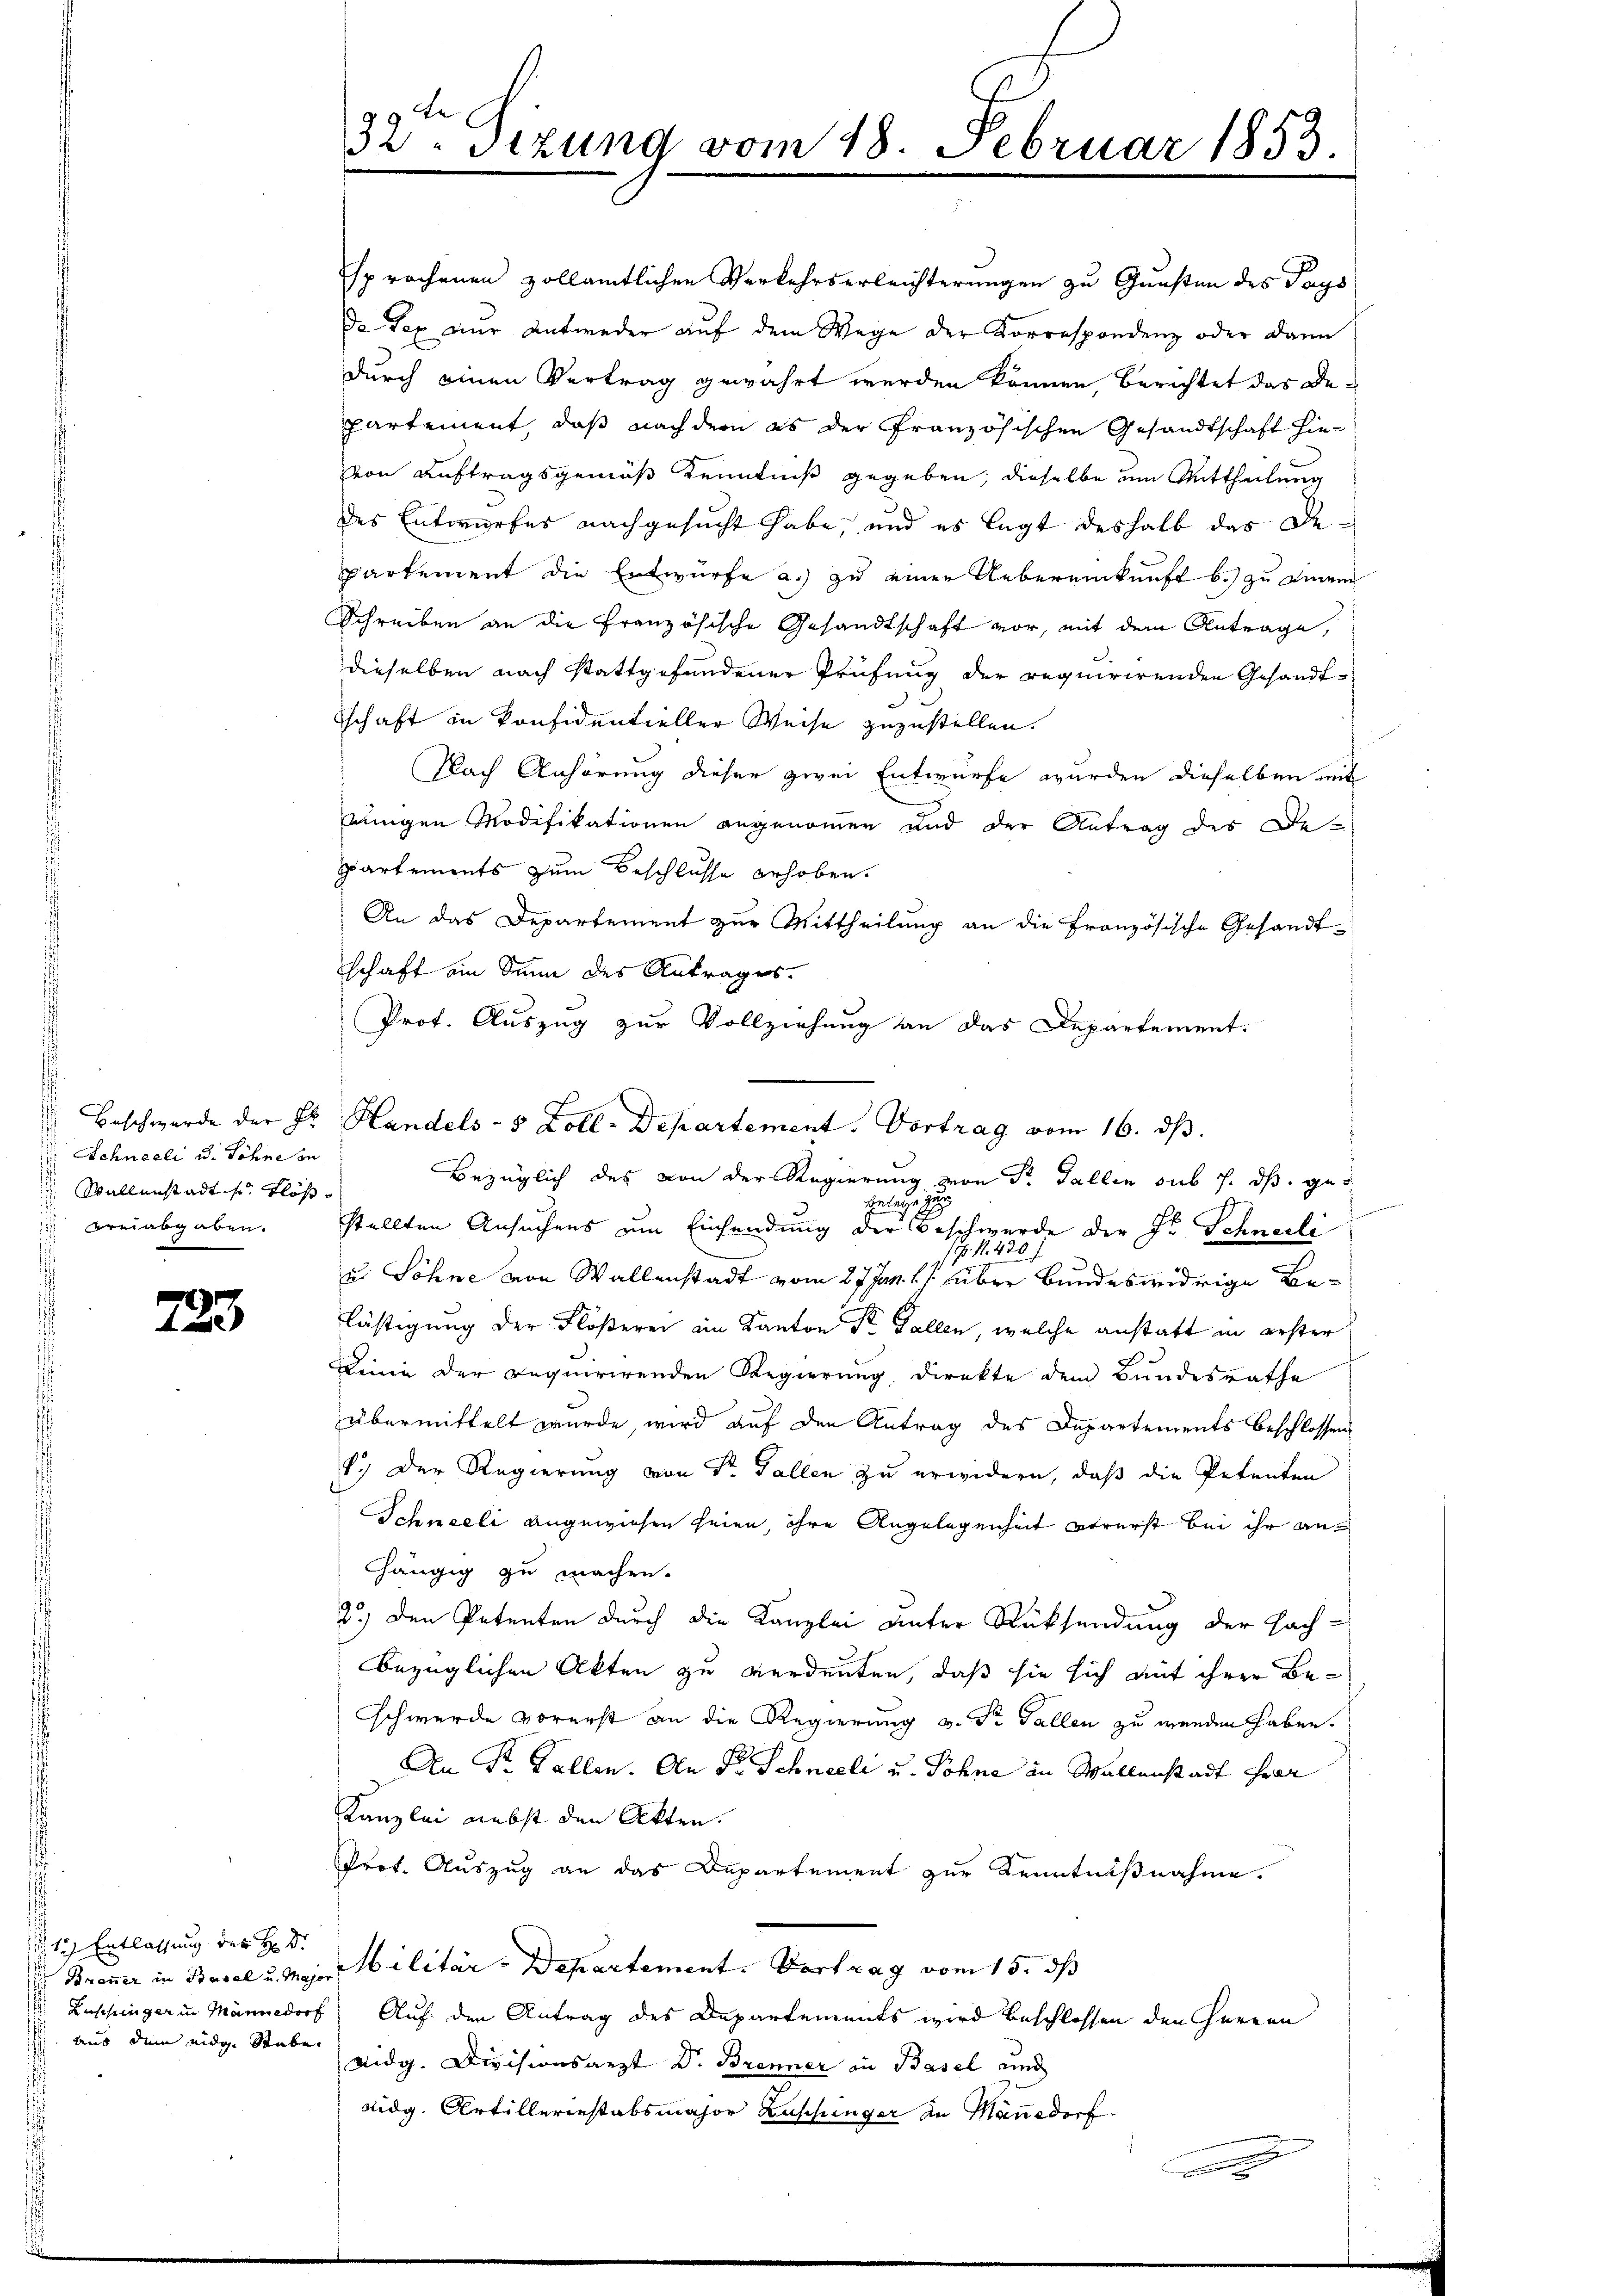
Schneeli u. Söhne zu
Wallenstadt s. Flößd
vreiabgaben.

723.

des Entwurfes nachgesucht habe, und es legt deshalb das Departement die Entwürfe a.) zu einer Uebereinkunft b.) zu einem
Schreiben an die Französische Gesandtschaft vor, mit dem Antrage,
dieselben nach stattgefundener Prüfung der requirirenden Gesandtschaft in Konfidentieller Weise zuzustellen.
Nach Anhörung dieser zwei Entwurfe wurden dieselben mit
Einigen Modifikationen angenommen und der Antrag des De-
Partements zum Beschlusse erhoben.
An das Departement zur Mittheilung an die Französische Gesandtschaft am Sinne des Antrages.
Prof. Auszug zur Vollziehung an das Departement.
Beschwerde der Fr. Handels- 5 Zoll-Departement. Vortrag vom 16. ds.

1) Entlassung des H: Dr.
is aus dem eidg. Stube

32 Sizung vom 18. Februar 1853.

sprochenen vollämtlichen Verkehrserleichterungen zu Gunsten des Pays
de Tag nur entweder auf dem Wege der Korrespondenz oder dann
durch einen Vertrag gewährt werden können, berichtet der Departement, daß nachdem es der Französischen Gesandtschaft hievon Auftragsgemäß Kenntniß gegeben, dieselbe um Mittheilung

Bezüglich des von der Regierung von Dr. Gallen sub s. dß. ge¬

Belege g
stellten Ansuchens um Einsendung der Beschwerde der J. Schneeli
. N. 420 f
u. Söhne von Wallenstadt vom 27. Jan. l. J. über bundeswidrige Be-
lästigung der Flößerei ein Kanton Dr Fallen, welche anstatt in erster
c
Dinie der Inquirirenden Regierung direkte dem Bundesrathe
übermittelt wurde, wird auf den Antrag des Departements beschlossen.
1.) Der Regierung von Sr. Fallen zu erwidern, daß die Petenten
Schneeli angewiesen seien, ihre Angelegenheit strerst bei ihr anhängig zu machen.
2.) Den Petenten durch die Kanzlei unter Rücksendung der Fach-
bezüglichen Akten zu verdeuten, daß sie sich mit ihrer Beschwerde vorerst an die Regierung u. St. Gallen zu werden haben.
An Dr. Gallen. An Fr. Schneeli u. Söhne in Wallenstadt Her
Kanzlei nebst den Akten.
Prot. Auszug an das Departement zur Kenntnißnahme.
 Brenner in Basel u. Maj Militär-Departement. Vortrag vom 15. dß
Lushinger in Männedorf Auf der Antrag des Departements wird beschlossen den Herren
eidg. Divisionsarzt Dr. Brenner an Basel und
didg. Artilleriestabsmajor Zuschunger in Mannedorf
x